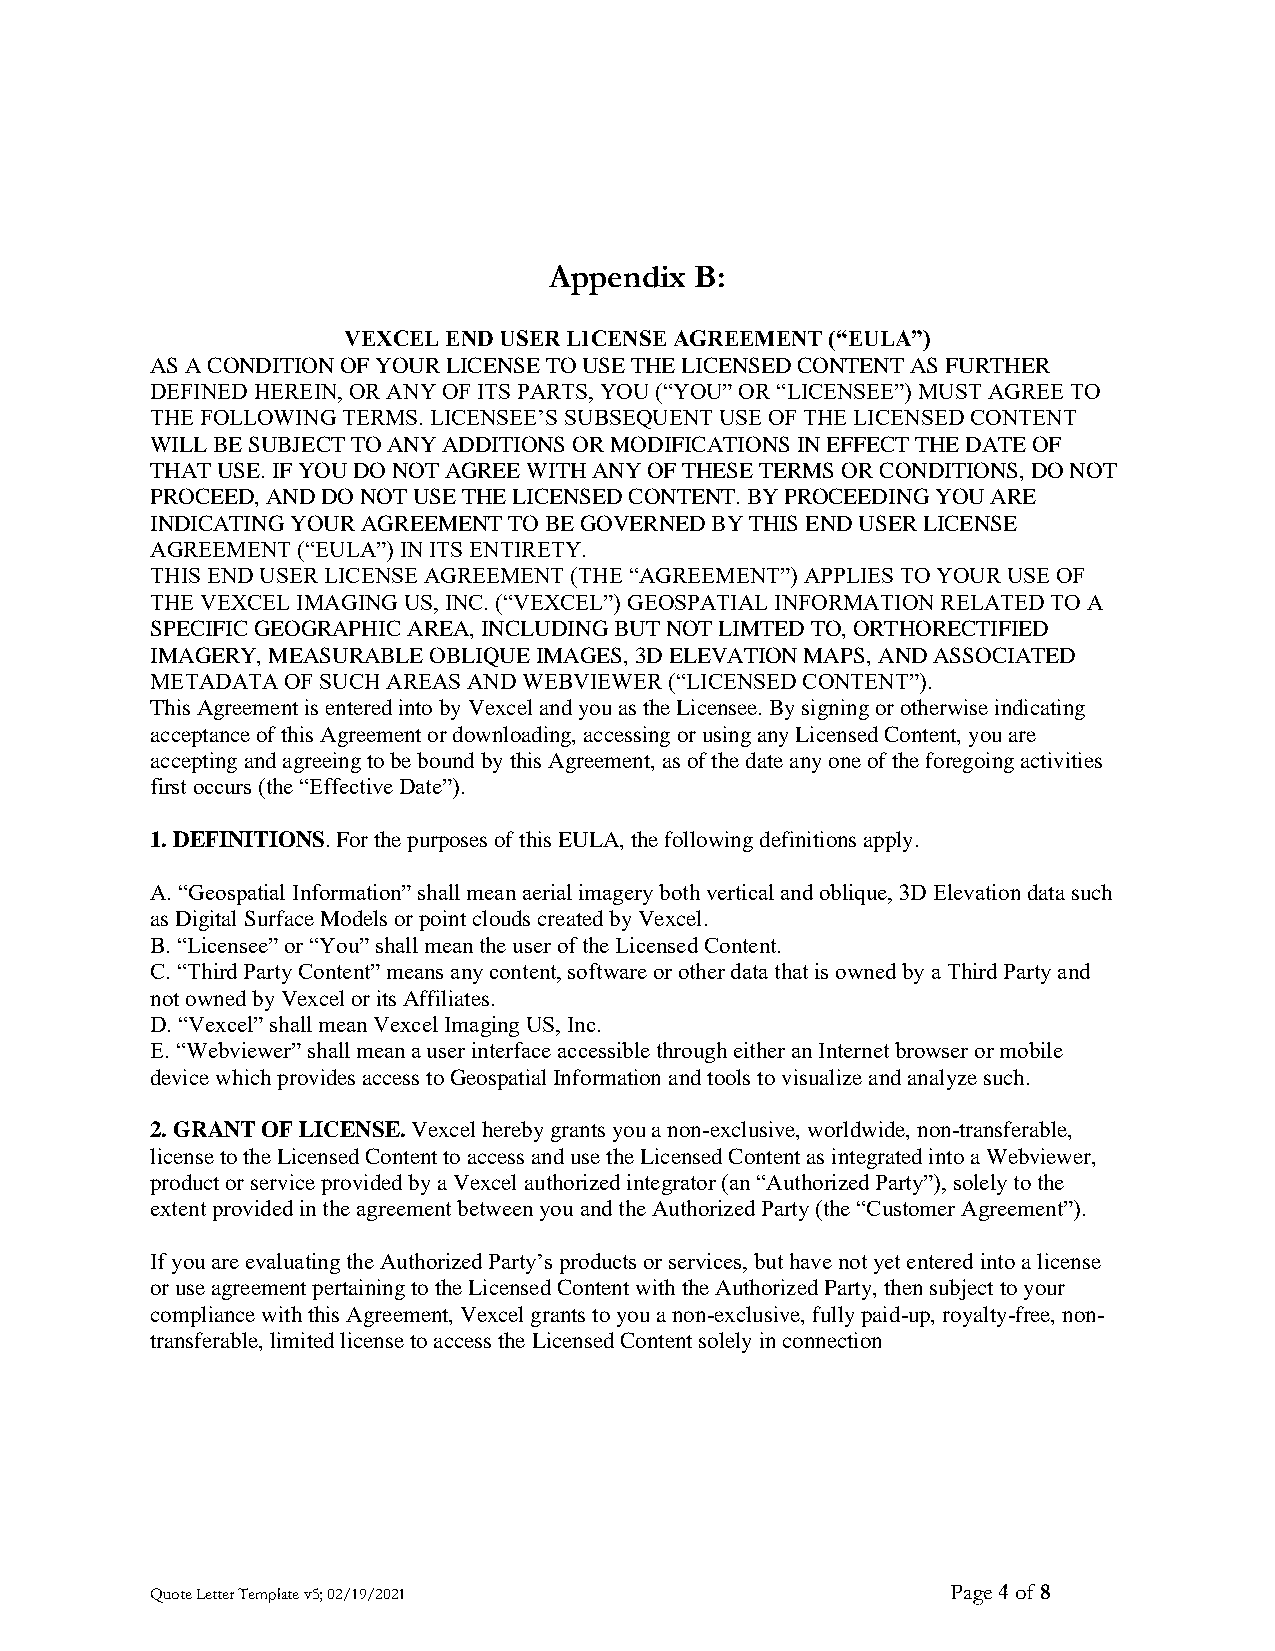
Appendix  B:
 VEXCEL END USER LICENSE AGREEMENT (“EULA”)
 AS A CONDITION OF YOUR LICENSE TO USE THE LICENSED CONTENT AS FURTHER
 DEFINED HEREIN, OR ANY OF ITS PARTS, YOU (“YOU” OR “LICENSEE”) MUST AGREE TO
 THE FOLLOWING TERMS. LICENSEE’S SUBSEQUENT USE OF THE LICENSED CONTENT
 WILL BE SUBJECT TO ANY ADDITIONS OR MODIFICATIONS IN EFFECT THE DATE OF
 THAT USE. IF YOU DO NOT AGREE WITH ANY OF THESE TERMS OR CONDITIONS, DO NOT
 PROCEED, AND DO NOT USE THE LICENSED CONTENT. BY PROCEEDING YOU ARE
 INDICATING YOUR AGREEMENT TO BE GOVERNED BY THIS END USER LICENSE
 AGREEMENT (“EULA”) IN ITS ENTIRETY.
 THIS END USER LICENSE AGREEMENT (THE “AGREEMENT”) APPLIES TO YOUR USE OF
 THE VEXCEL IMAGING US, INC. (“VEXCEL”) GEOSPATIAL INFORMATION RELATED TO A
 SPECIFIC GEOGRAPHIC AREA, INCLUDING BUT NOT LIMTED TO, ORTHORECTIFIED
 IMAGERY, MEASURABLE OBLIQUE IMAGES, 3D ELEVATION MAPS, AND ASSOCIATED
 METADATA OF SUCH AREAS AND WEBVIEWER (“LICENSED CONTENT”).
 This Agreement is entered into by Vexcel and you as the Licensee. By signing or otherwise indicating
 acceptance of this Agreement or downloading, accessing or using any Licensed Content, you are
 accepting and agreeing to be bound by this Agreement, as of the date any one of the foregoing activities
 first occurs (the “Effective Date”).
 1. DEFINITIONS. For the purposes of this EULA, the following definitions apply.
 A. “Geospatial Information” shall mean aerial imagery both vertical and oblique, 3D Elevation data such
 as Digital Surface Models or point clouds created by Vexcel.
 B. “Licensee” or “You” shall mean the user of the Licensed Content.
 C. “Third Party Content” means any content, software or other data that is owned by a Third Party and
 not owned by Vexcel or its Affiliates.
 D. “Vexcel” shall mean Vexcel Imaging US, Inc.
 E. “Webviewer” shall mean a user interface accessible through either an Internet browser or mobile
 device which provides access to Geospatial Information and tools to visualize and analyze such.
 2. GRANT OF LICENSE. Vexcel hereby grants you a non-exclusive, worldwide, non-transferable,
 license to the Licensed Content to access and use the Licensed Content as integrated into a Webviewer,
 product or service provided by a Vexcel authorized integrator (an “Authorized Party”), solely to the
 extent provided in the agreement between you and the Authorized Party (the “Customer Agreement”).
 If you are evaluating the Authorized Party’s products or services, but have not yet entered into a license
 or use agreement pertaining to the Licensed Content with the Authorized Party, then subject to your
 compliance with this Agreement, Vexcel grants to you a non-exclusive, fully paid-up, royalty-free, non-
 transferable, limited license to access the Licensed Content solely in connection
 Quote Letter Template v5; 02/19/2021                 Page 4 of 8